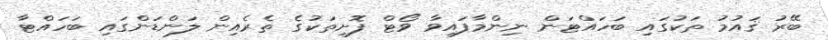
ބޭރު ޤައުމު ތަކުގައި ބަހައްޓަން ނިންމާފައިވާ ވޯޓް ފޮށިތަކުގެ ތެރެއިން ލަންޑަންގައި ބަހައްޓާ